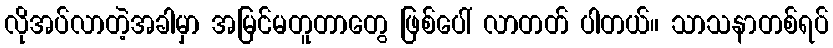
လိုအပ်လာတဲ့အခါမှာ အမြင်မတူတာတွေ ဖြစ်ပေါ် လာတတ် ပါတယ်။ သာသနာတစ်ရပ်